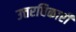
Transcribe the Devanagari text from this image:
उत्तरधिकारी